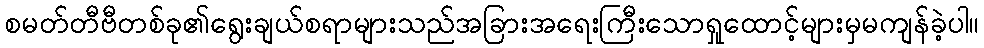
စမတ်တီဗီတစ်ခု၏ရွေးချယ်စရာများသည်အခြားအရေးကြီးသောရှုထောင့်များမှမကျန်ခဲ့ပါ။